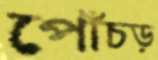
পোঁচড়